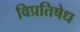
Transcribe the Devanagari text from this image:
विप्रतिषेध